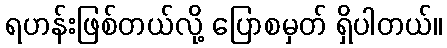
ရဟန်းဖြစ်တယ်လို့ ပြောစမှတ် ရှိပါတယ်။